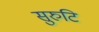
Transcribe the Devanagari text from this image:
सुरुटि